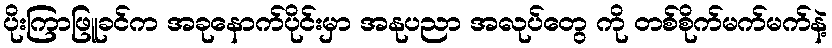
ပိုးကြာဖြူခင်က အခုနောက်ပိုင်းမှာ အနုပညာ အလုပ်တွေ ကို တစ်စိုက်မက်မက်နဲ့